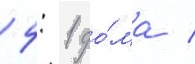
4: 1 до́ма /